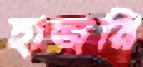
হাজরি